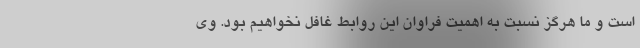
است و ما هرگز نسبت به اهمیت فراوان این روابط غافل نخواهیم بود. وی